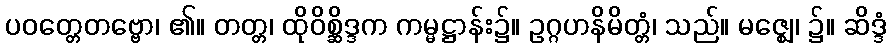
ပဝတ္တေတဗ္ဗော၊ ၏။ တတ္တ၊ ထိုဝိစ္ဆိဒ္ဒက ကမ္မဋ္ဌာန်း၌။ ဥဂ္ဂဟနိမိတ္တံ၊ သည်။ မဇ္ဈေ၊ ၌။ ဆိဒ္ဒံ